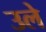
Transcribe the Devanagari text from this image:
उले